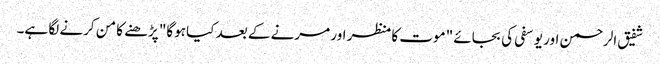
شفیق الرحمن اور یوسفی کی بجائے "موت کا منظر اور مرنے کے بعد کیا ہوگا" پڑھنے کا من کرنے لگا ہے۔